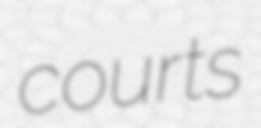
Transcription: courts